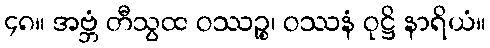
၄၈။ အဗ္ဘံ တီသွထ ဝဿဉ္စ၊ ဝဿနံ ဝုဋ္ဌိ နာရိယံ။